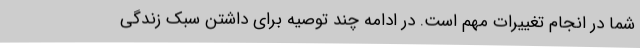
شما در انجام تغییرات مهم است. در ادامه چند توصیه برای داشتن سبک زندگی